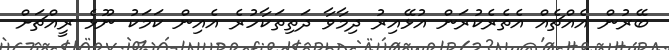
ބޭރުން އެއްޗެއް އެތެރެކުރަން އުޅޭއިރު ދިމާވާ ދަތިތަކާހުރެ އެއިން ކަމަކު ނޫޅެ ރީއްޗަށް